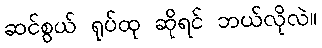
ဆင်စွယ် ရုပ်ထု ဆိုရင် ဘယ်လိုလဲ။